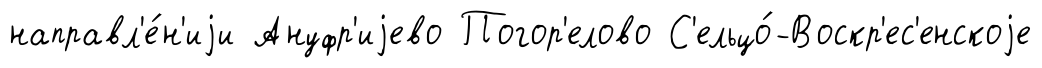
направл'е́н'иjи Ануфр'иjево Погор'елово С'ельцо́-Воскр'ес'енскоjе